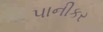
પાનીકર